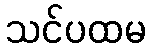
သင်ပထမ